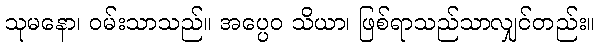
သုမနော၊ ဝမ်းသာသည်။ အပ္ပေဝ သိယာ၊ ဖြစ်ရာသည်သာလျှင်တည်း။